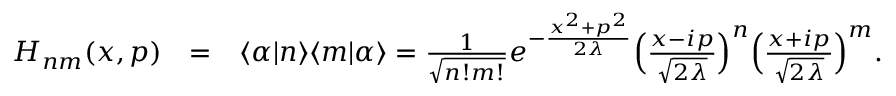
\begin{array} { r l r } { H _ { n m } ( x , p ) } & { = } & { \langle \alpha | n \rangle \langle m | \alpha \rangle = \frac { 1 } { \sqrt { n ! m ! } } e ^ { - \frac { x ^ { 2 } + p ^ { 2 } } { 2 \lambda } } \Big ( \frac { x - i p } { \sqrt { 2 \lambda } } \Big ) ^ { n } \Big ( \frac { x + i p } { \sqrt { 2 \lambda } } \Big ) ^ { m } . } \end{array}